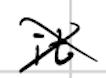
Text: it
Cross-out: cross
Writing tool: digital_black